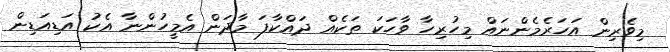
މިވެރިން އަހަރެމެންނައް މިހުރިހާ ވާހަކަ ތަކެއް ދައްކާފަ މާދަން އެމީހުންނާ އެކު އަޑިއަޑިން